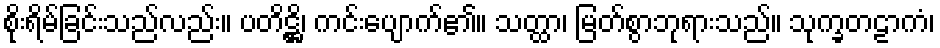
စိုးရိမ်ခြင်းသည်လည်း။ ပတိဋ္ဌိ၊ ကင်းပျောက်၏။ သတ္ထာ၊ မြတ်စွာဘုရားသည်။ သုက္ခတဠာကံ၊